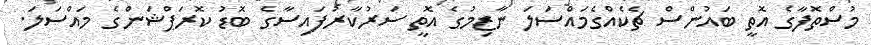
މުސްތޮފާގެ އޮތީ ބައުންސް ޗެކެއްގެމައްސަލަ ނާޒިމުގެ އޮތީ ސަރުކާރުފައިސާގެ ބޮޑު ކޮރަޕްޝަންގެ މައްސަލަ.